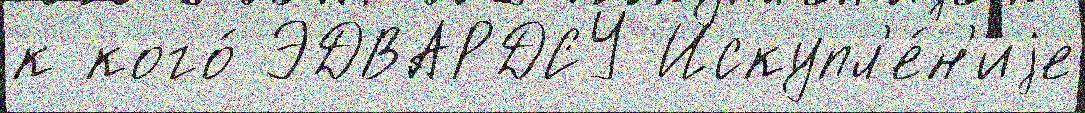
к кого́ ЭДВАРДСУ Искупл'е́н'иjе